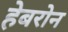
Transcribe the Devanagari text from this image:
हेबरोन